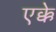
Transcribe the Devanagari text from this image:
एक्के